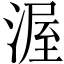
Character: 渥